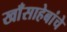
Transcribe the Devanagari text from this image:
खाँसाहेबांचे